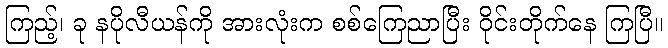
ကြည့်၊ ခု နပိုလီယန်ကို အားလုံးက စစ်ကြေညာပြီး ဝိုင်းတိုက်နေ ကြပြီ။